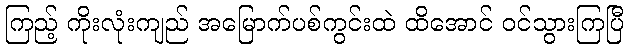
ကြည့် ကိုးလုံးကျည် အမြောက်ပစ်ကွင်းထဲ ထိအောင် ဝင်သွားကြပြီ